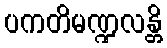
ပကတိမဏ္ဍလန္တိ